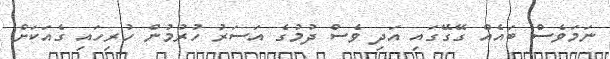
ނަމަވެސް ބައެއް ގޭގޭގައި އަދި ވެސް ދުމުގެ އަސަރު ހުރުމުން ހުރިހައި ގެއަކަށް